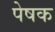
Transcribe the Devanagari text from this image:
पेषक